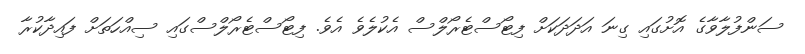
ސަންފުލާވާގެ އޮށުގައި ގިނަ އަދަދަކަށް ފިޓޯސްޓެރޯލްސް އެކުލެވެ އެވެ. ފިޓޯސްޓެރޯލްސްގައި ސިއްހަތަށް ފައިދާކުރާ